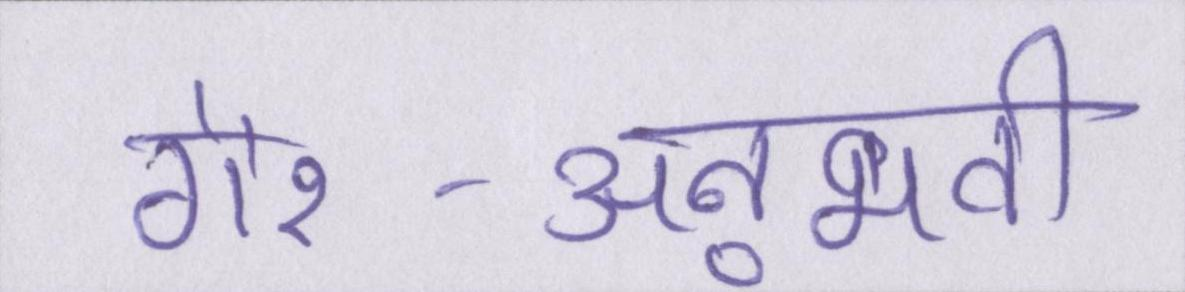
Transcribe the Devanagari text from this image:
गैर-अनुभवी